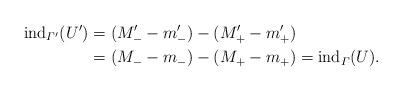
LaTeX: \begin{align*} {\rm ind}_{\varGamma^\prime}(U^\prime)& = (M_-^\prime - m_-^\prime) - (M_+^\prime - m_+^\prime) \\& = (M_- - m_-) - (M_+ - m_+)= {\rm ind}_\varGamma(U). \end{align*}